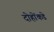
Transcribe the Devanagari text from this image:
दोहोंकडे